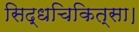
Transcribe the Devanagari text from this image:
सिद्धचिकित्सा।